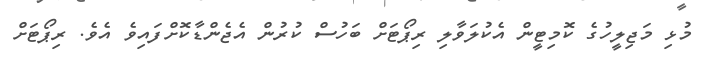
މުޅި މަޖިލީހުގެ ކޮމިޓީން އެކުލަވާލި ރިޕޯޓަށް ބަހުސް ކުރުން އެޖެންޑާކޮށްފައިވެ އެވެ. ރިޕޯޓަށް